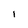
Character: I